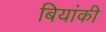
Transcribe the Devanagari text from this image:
बियांकी